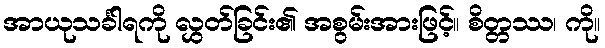
အာယုသင်္ခါရကို လွှတ်ခြင်း၏ အစွမ်းအားဖြင့်။ စိတ္တဿ၊ ကို။